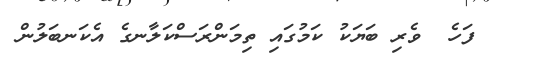
٣٦   ފަހެ  ވެރި ބަޔަކު ކަމުގައި ތިމަންރަސްކަލާނގެ އެކަނބަލުން